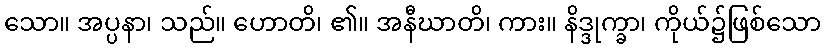
သော။ အပ္ပနာ၊ သည်။ ဟောတိ၊ ၏။ အနီဃာတိ၊ ကား။ နိဒ္ဒုက္ခာ၊ ကိုယ်၌ဖြစ်သော